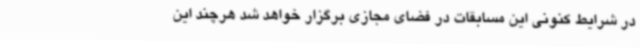
در شرایط کنونی این مسابقات در فضای مجازی برگزار خواهد شد هرچند این